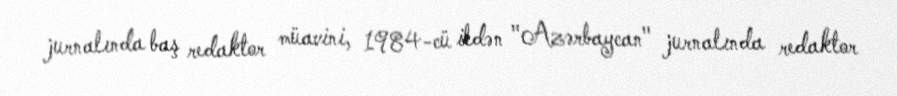
jurnalında baş redaktor müavini, 1984-cü ildən "Azərbaycan" jurnalında redaktor